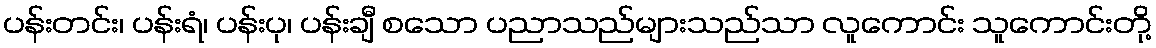
ပန်းတင်း၊ ပန်းရံ၊ ပန်းပု၊ ပန်းချီ စသော ပညာသည်များသည်သာ လူကောင်း သူကောင်းတို့